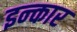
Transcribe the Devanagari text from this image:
इन्‍कार